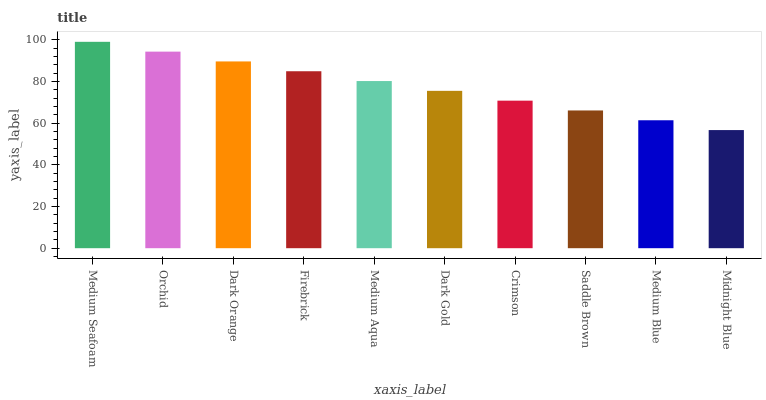
| xaxis_label | bars |
 | --- | --- |
 | Medium Seafoam | 99 |
 | Orchid | 94.3 |
 | Dark Orange | 89.6 |
 | Firebrick | 84.9 |
 | Medium Aqua | 80.2 |
 | Dark Gold | 75.5 |
 | Crimson | 70.8 |
 | Saddle Brown | 66.1 |
 | Medium Blue | 61.4 |
 | Midnight Blue | 56.7 |